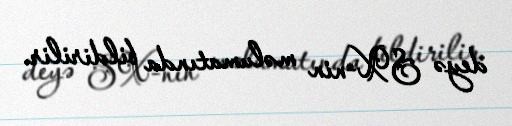
deyə SX-nin məlumatında bildirilir.